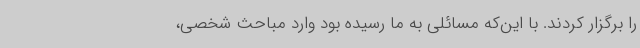
را برگزار کردند. با این‌که مسائلی به ما رسیده بود وارد مباحث شخصی،